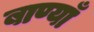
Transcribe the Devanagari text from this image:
बाण्याँ